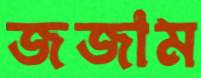
জজাম